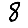
Digit: 8